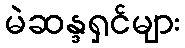
မဲဆန္ဒရှင်များ